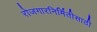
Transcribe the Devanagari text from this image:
रोजगारनिर्मितीसाठी